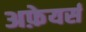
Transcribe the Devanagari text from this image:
अफ़ेयर्स